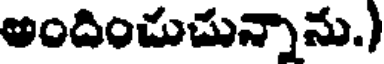
అందించుచున్నాను.)